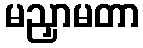
မညှာမတာ